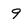
Character: 9